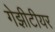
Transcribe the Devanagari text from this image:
गेझीटीयर